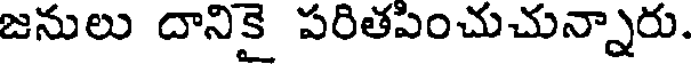
జనులు దానికై పరితపించుచున్నారు.